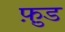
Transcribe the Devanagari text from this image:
फ़ु़ड